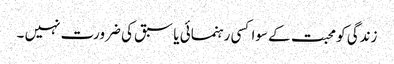
زندگی کو محبت کے سوا کسی رہنمائی یا سبق کی ضرورت نہیں ۔